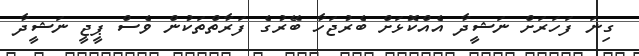
ގިނަ ފަހަރަށް ނަޝީދާ އެއްކޮޅަށް ބެރުޖަހާ ބޭރުގެ ފަރާތްތަކުން ވެސް ޕީޖީ ނަޝީދާ